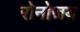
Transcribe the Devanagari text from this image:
रोनोजय